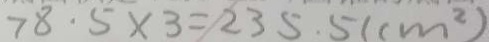
7 8 . 5 \times 3 = 2 3 5 . 5 ( c m ^ { 2 } )